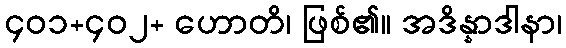
၄၀၁+၄၀၂+ ဟောတိ၊ ဖြစ်၏။ အဒိန္နာဒါနာ၊